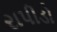
રાપીડો